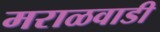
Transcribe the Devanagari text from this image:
मराळवाडी